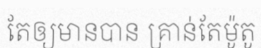
តែឲ្យមានបាន គ្រាន់តែម៉ូតូ